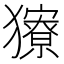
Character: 𤢸